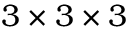
3 \times 3 \times 3